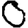
Digit: 0